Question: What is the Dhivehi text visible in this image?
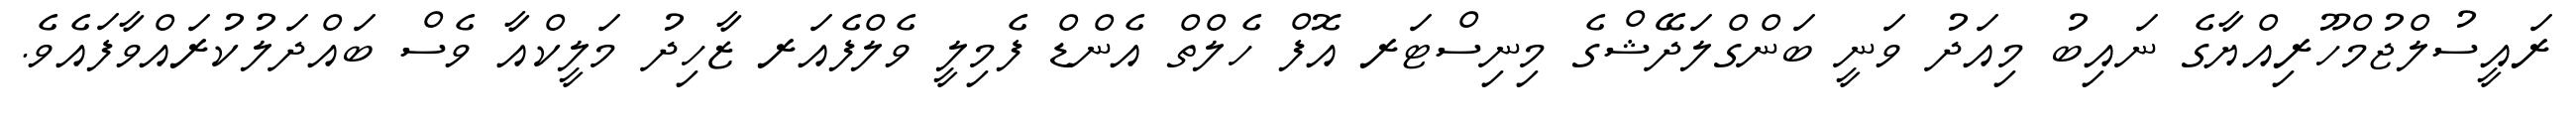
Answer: ރައީސުލްޖުމްހޫރިއްޔާގެ ނައިބު މިއަދު ވަނީ ބަންގްލަދޭޝްގެ މިނިސްޓަރ އޮފް ހެލްތް އެންޑް ފެމިލީ ވެލްފެއަރ ޒާހިދު މަލީކްއާ ވެސް ބައްދަލުކުރައްވާފައެވެ.